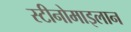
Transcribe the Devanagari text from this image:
स्टीनोमाइलान